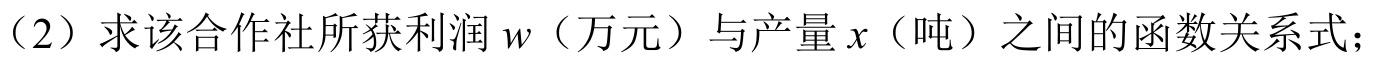
（2）求该合作社所获利润\(w\)（万元）与产量\(x\)（吨）之间的函数关系式；